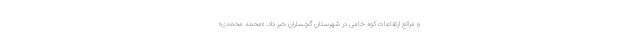
و مراتع ارتفاعات کوه خامی در شهرستان گچساران خبر داد. «محمد محمدی»